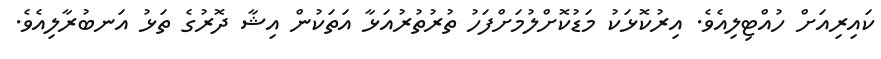
ކައިރިއަށް ހުއްޓިލިއެވެ. އިރުކޮޅަކު މަޑުކޮށްލުމަށްފަހު ތުރުތުރުއަޅާ އަތަކުން އިޝާ ދޮރުގެ ތަޅު އަނބުރާލިއެވެ.